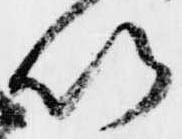
以